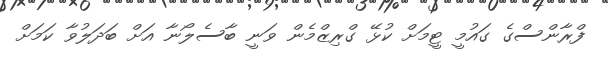
ފްރާންސްގެ ގައުމީ ޓީމަށް ކުޅޭ ގްރިޒްމެން ވަނީ ބާސެލޯނާ އަށް ބަދަލުވާ ކަމަށް